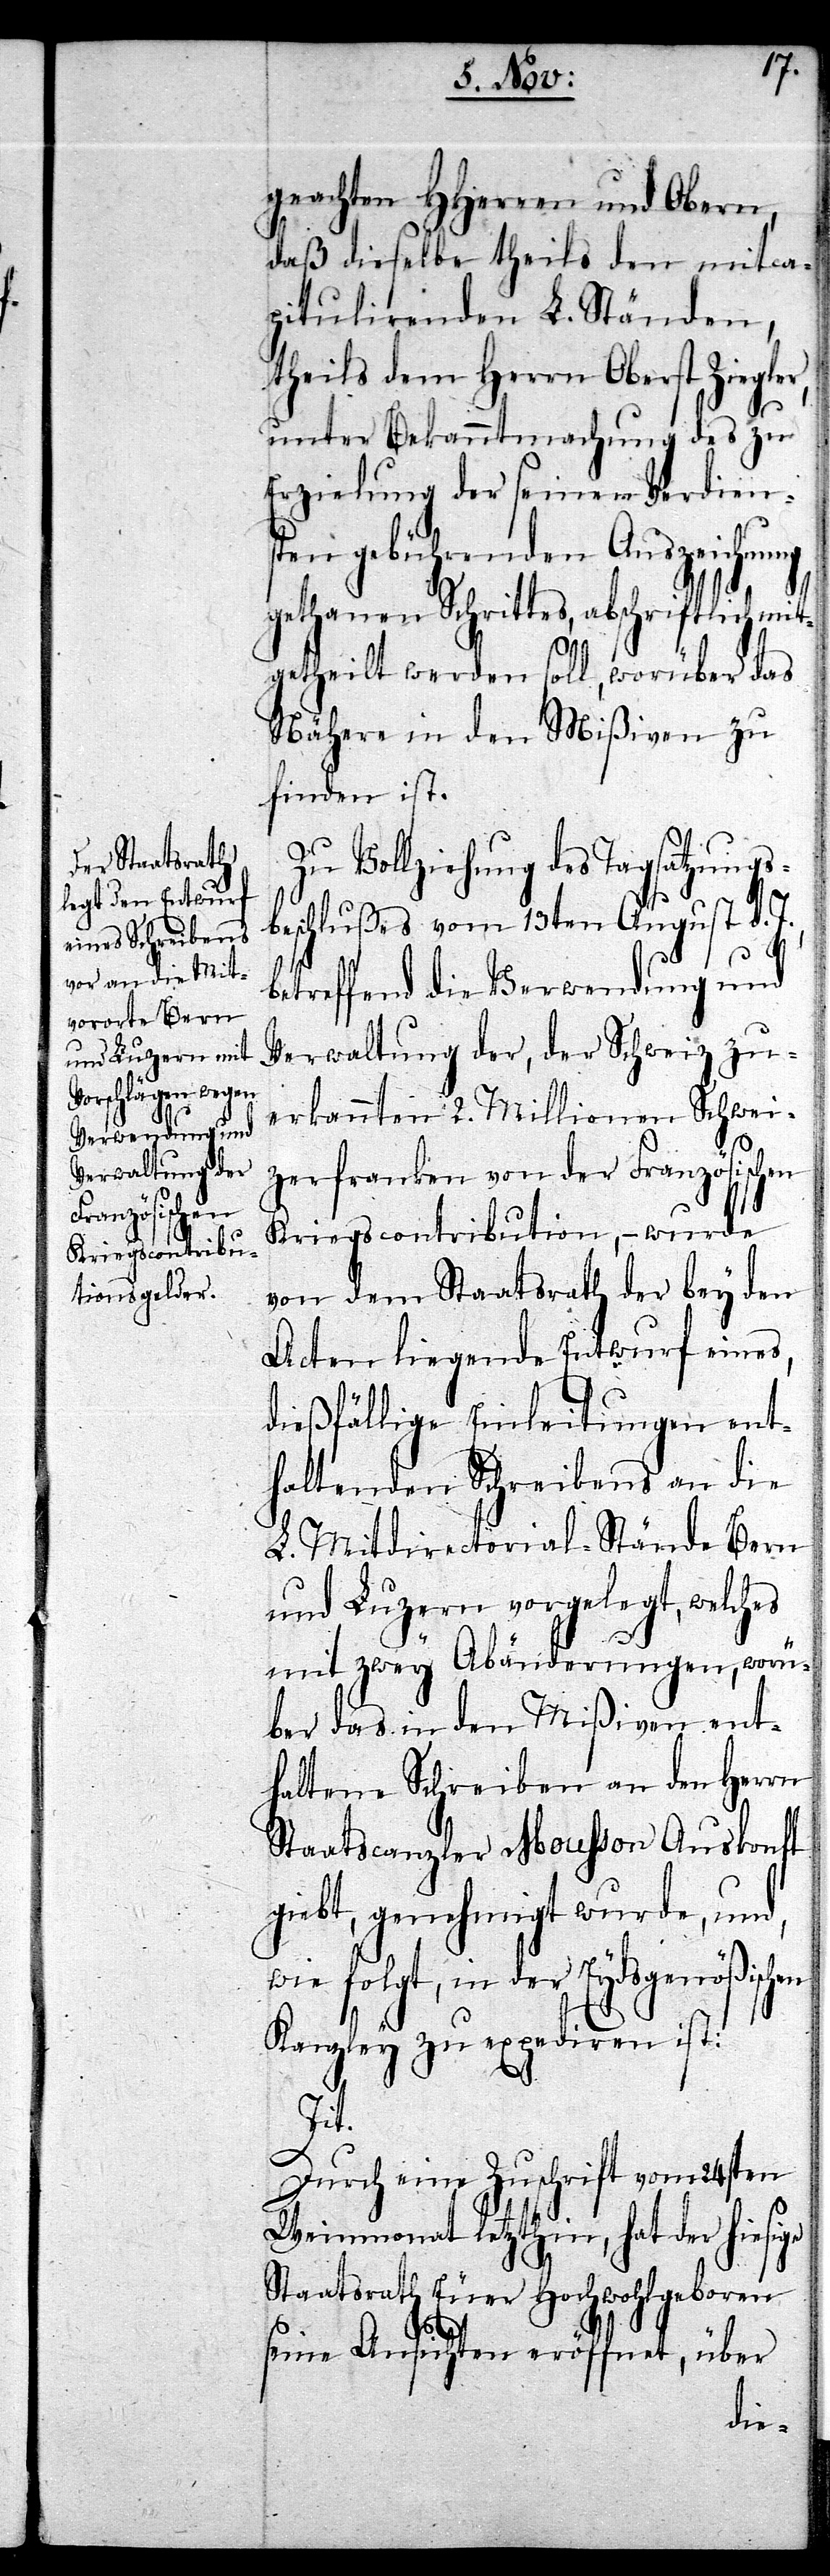
geachten HHerren und Obern,
daß dieselbe theils den mitca¬
pitulirenden L. Ständen,
theils dem Herrn Oberst Ziegler,
unter Bekanntmachung des zu
Erzielung der seinen Verdiens¬
ten gebührenden Auszeichnu¬
ng
gethanen Schrittes, abschriftlich mit¬
getheilt werden soll, worüber das
Nähere in den Mißiven zu
finden ist.
Zu Vollziehung des Tagsatzungs¬
beschlußes vom 13ten August d.
betreffend die Verwendung und
Verwaltung der, der Schweiz zu¬
erkannten 2. Millionen Schwei¬
zerfranken von der Französischen
Kriegscontribution, – wurde
von dem Staatsrath der bey den
Acten liegende Entwurf eines,
dießfällige Einleitungen ent¬
haltenen Schreibens an die
L. Mitdirectorial-Stände Bern
und Luzern vorgelegt, welches
mit zwey Abänderungen, worü¬
ber das in den Mißiven ent¬
haltene Schreiben an den Herrn
Staatscanzler Mousson Auskonft
giebt, genehmigt wurde, und,
wie folgt, in der Eydsgenößischen
Kanzley zu expediren ist:
Tit.
Durch eine Zuschrift vom 24sten
Weinmonat letzthin, hat der hiesige
Staatsrath Euer Hochwohlgeboren
seine Ansichten eröffnet, über